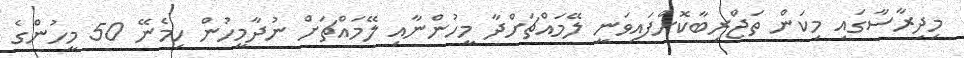
މިދިރާސާގައި މިކަން ތަޖްރިބާކޮށްފައިވަނީ ލޭމައްޗަށްދާ މީހުންނާއި ލޭމައްޗަށް ނުދާމީހުން ހިމެނޭ 50 މީހުންގެ